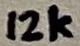
Text: 12k